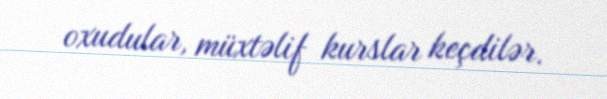
oxudular, müxtəlif kurslar keçdilər.